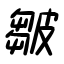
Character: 皺